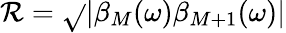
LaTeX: \mathcal{R}=\sqrt{}{{|\beta_{M}(\omega)\beta_{M+1}(\omega)|}}